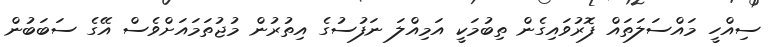
ސިއްހީ މައްސަލަތައް ފޮރުވައިގެން ތިބުމަކީ އަމިއްލަ ނަފުސުގެ އިތުރުން މުޖުތަމައަށްވެސް އޭގެ ސަބަބުން